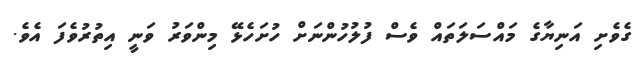
ގެވެށި އަނިޔާގެ މައްސަލަތައް ވެސް ފުލުހުންނަށް ހުށަހެޅޭ މިންވަރު ވަނީ އިތުރުވެފަ އެވެ.